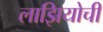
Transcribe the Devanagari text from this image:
लाझियोची